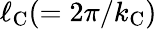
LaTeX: \ell_{\textrm{C}}(=2\pi/k_{\textrm{C}})